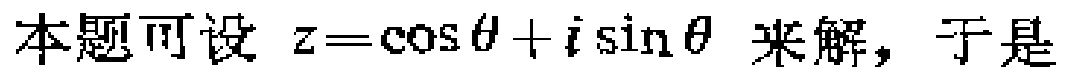
本题可设 \(z = \cos\theta + i\sin\theta\) 来解，于是